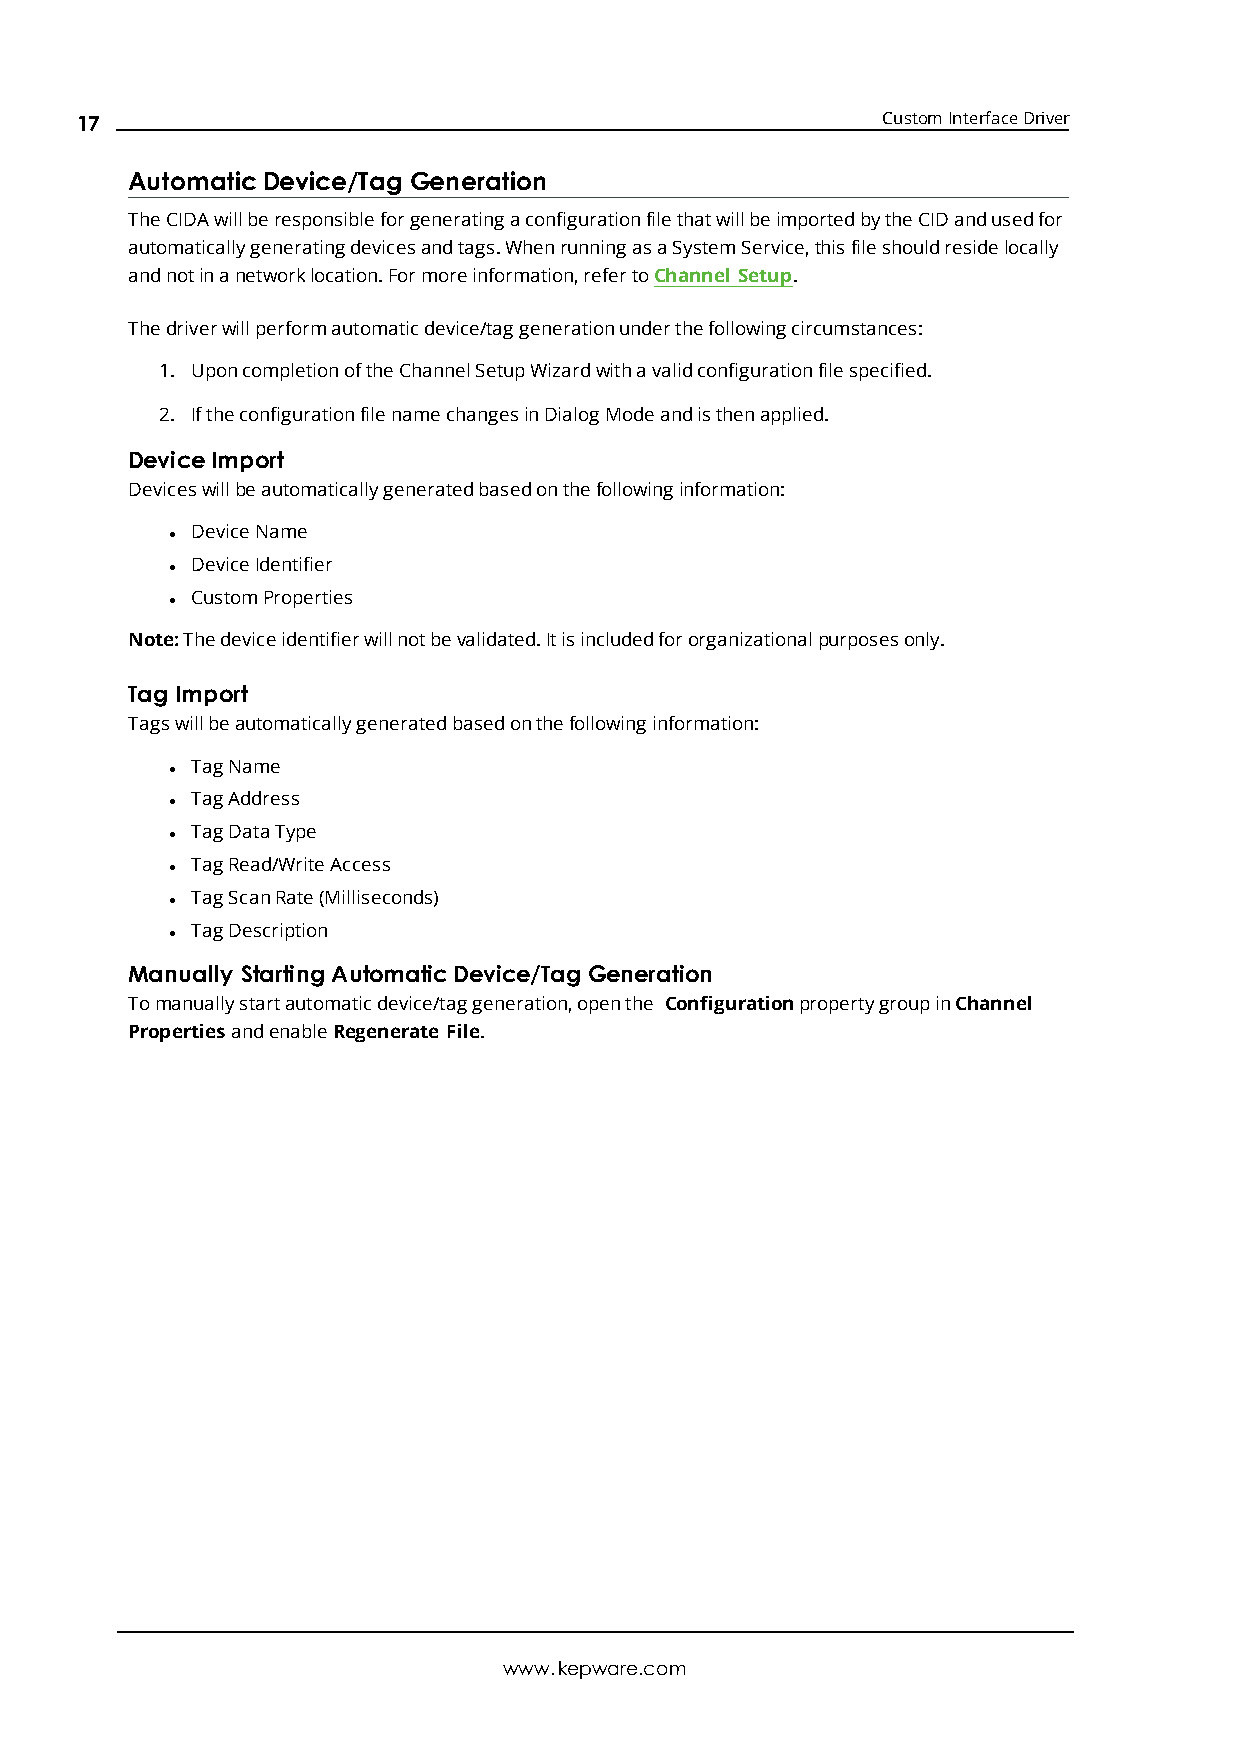
17                                                   CustomInterfaceDriver
 AutomaticDevice/Tag Generation
 TheCIDAwillberesponsibleforgeneratingaconfigurationfilethatwillbeimportedbytheCIDandusedfor
 automaticallygeneratingdevicesandtags.WhenrunningasaSystemService,thisfileshouldresidelocally
 andnotinanetworklocation.Formoreinformation,refertoChannel Setup.
 Thedriverwillperformautomaticdevice/taggenerationunderthefollowingcircumstances:
 1. UponcompletionoftheChannelSetupWizardwithavalidconfigurationfilespecified.
 2. IftheconfigurationfilenamechangesinDialogModeandisthenapplied.
 DeviceImport
 Deviceswillbeautomaticallygeneratedbasedonthefollowinginformation:
 DeviceName
 l
 DeviceIdentifier
 l
 CustomProperties
 l
 Note:Thedeviceidentifierwillnotbevalidated.Itisincludedfororganizationalpurposesonly.
 Tag Import
 Tagswillbeautomaticallygeneratedbasedonthefollowinginformation:
 TagName
 l
 TagAddress
 l
 TagDataType
 l
 TagRead/WriteAccess
 l
 TagScanRate(Milliseconds)
 l
 TagDescription
 l
 Manually Starting AutomaticDevice/Tag Generation
 Tomanuallystartautomaticdevice/taggeneration,openthe ConfigurationpropertygroupinChannel
 Properties andenableRegenerateFile.
 www.kepware.com